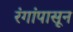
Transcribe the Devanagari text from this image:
रंगांपासून